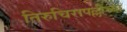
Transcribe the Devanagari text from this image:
तिरुचिरापल्लीच्या